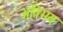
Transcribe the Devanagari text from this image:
अतिभय